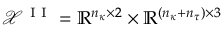
\mathcal { X } ^ { \mathrm { ~ I ~ I ~ } } = \mathbb { R } ^ { n _ { \kappa } \times 2 } \times \mathbb { R } ^ { ( n _ { \kappa } + n _ { \tau } ) \times 3 }